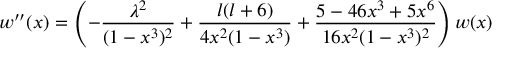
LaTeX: w ^ { \prime \prime } ( x ) = \left( - \frac { \lambda ^ { 2 } } { ( 1 - x ^ { 3 } ) ^ { 2 } } + \frac { l ( l + 6 ) } { 4 x ^ { 2 } ( 1 - x ^ { 3 } ) } + \frac { 5 - 4 6 x ^ { 3 } + 5 x ^ { 6 } } { 1 6 x ^ { 2 } ( 1 - x ^ { 3 } ) ^ { 2 } } \right) w ( x ) \,